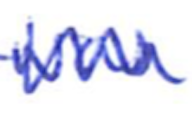
Text: was
Cross-out: zig-zag
Writing tool: ballpoint